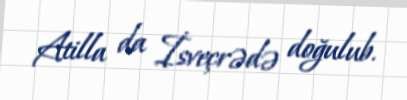
Atilla da İsveçrədə doğulub.